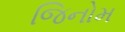
જિનોમ